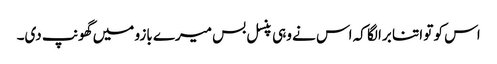
اس کو تو اتنا برا لگا کہ اس نے وہی پنسل بس میرے بازو میں گھونپ دی۔